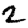
Digit: 2